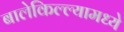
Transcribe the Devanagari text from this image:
बालेकिल्ल्यामध्ये